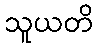
သူယတိ